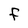
Character: F